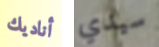
أناديك سيدي